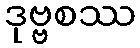
ဒုဗ္ဗစဿ